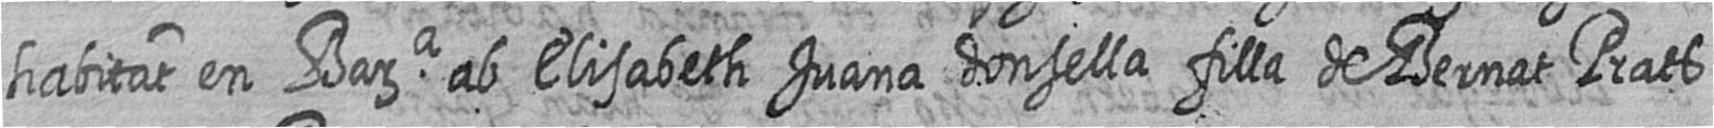
habitat en Bara ab Elisabeth Juana donsella filla de Bernat Prats